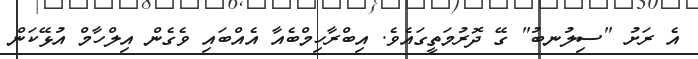
އެ ރަށު "ސިލުނބު" ގޭ ދޮރުމަތީގައެވެ. އިބްރާހިމްބެއާ އެއްބައި ވެގެން އިލްހާމް އުޅޭކަން